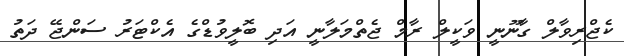
ކެޖްރިވާލް ގާނޫނީ ވަކީލް ރާމް ޖެތްމަލާނީ އަދި ބޮލީވުޑްގެ އެކްޓަރު ސަންޖޭ ދަތު